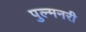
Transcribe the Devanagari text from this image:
पुल्मनरी